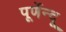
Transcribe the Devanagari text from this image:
पूर्णेन्दू